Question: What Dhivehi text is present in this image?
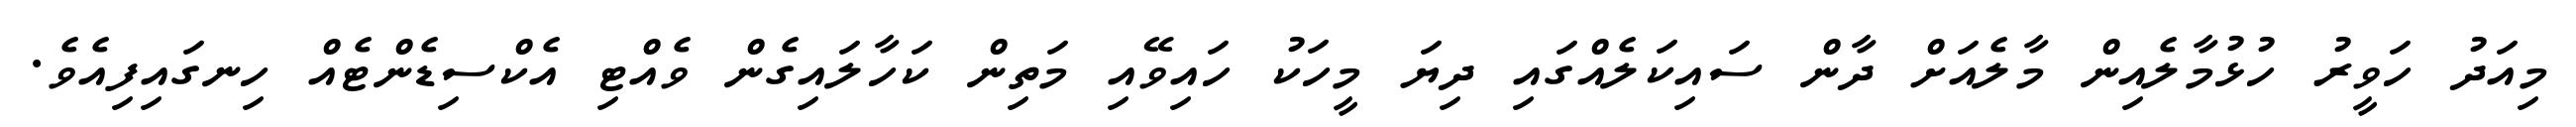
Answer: މިއަދު ހަވީރު ހުޅުމާލެއިން މާލެއަށް ދާން ސައިކަލެއްގައި ދިޔަ މީހަކު ހައިވޭއި މަތިން ކަހާލައިގެން ވެއްޓި އެކްސިޑެންޓެއް ހިނގައިފިއެވެ.